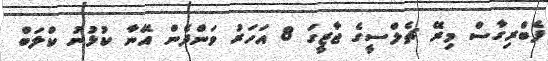
ފެބްރިގާސް މިރޭ ޗެލްސީގެ ޖާޒީގަ 8 އަހަރު ވަންދެން އޭނާ ކުޅުނު ކްލަބް